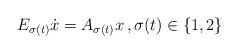
LaTeX: \begin{align*}E_{\sigma(t)} \dot x = A_{\sigma(t)}x\,, \sigma(t) \in \{ 1, 2\}\end{align*}